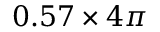
0 . 5 7 \times 4 \pi